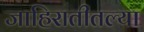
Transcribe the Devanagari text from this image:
जाहिरातीतल्या